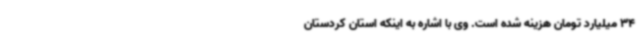
34 میلیارد تومان هزینه شده است. وی با اشاره به اینکه استان کردستان